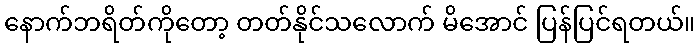
နောက်ဘရိတ်ကိုတော့ တတ်နိုင်သလောက် မိအောင် ပြန်ပြင်ရတယ်။